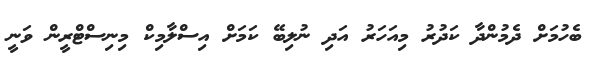
ބެހުމަށް ދެމުންދާ ކަދުރު މިއަހަރު އަދި ނުލިބޭ ކަމަށް އިސްލާމިކް މިނިސްޓްރީން ވަނީ